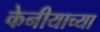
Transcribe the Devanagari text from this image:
केनीयाच्या